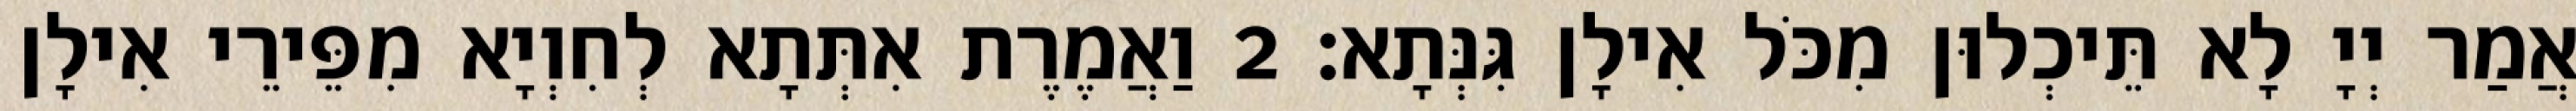
אֲמַר יְיָ לָא תֵּיכְלוּן מִכֹּל אִילָן גִּנְּתָא׃ 2 וַאֲמֶרֶת אִתְּתָא לְחִוְיָא מִפֵּירֵי אִילָן